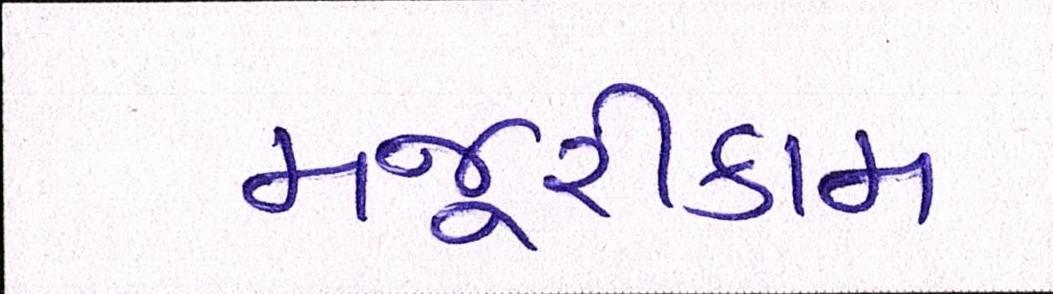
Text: મજૂરીકામ